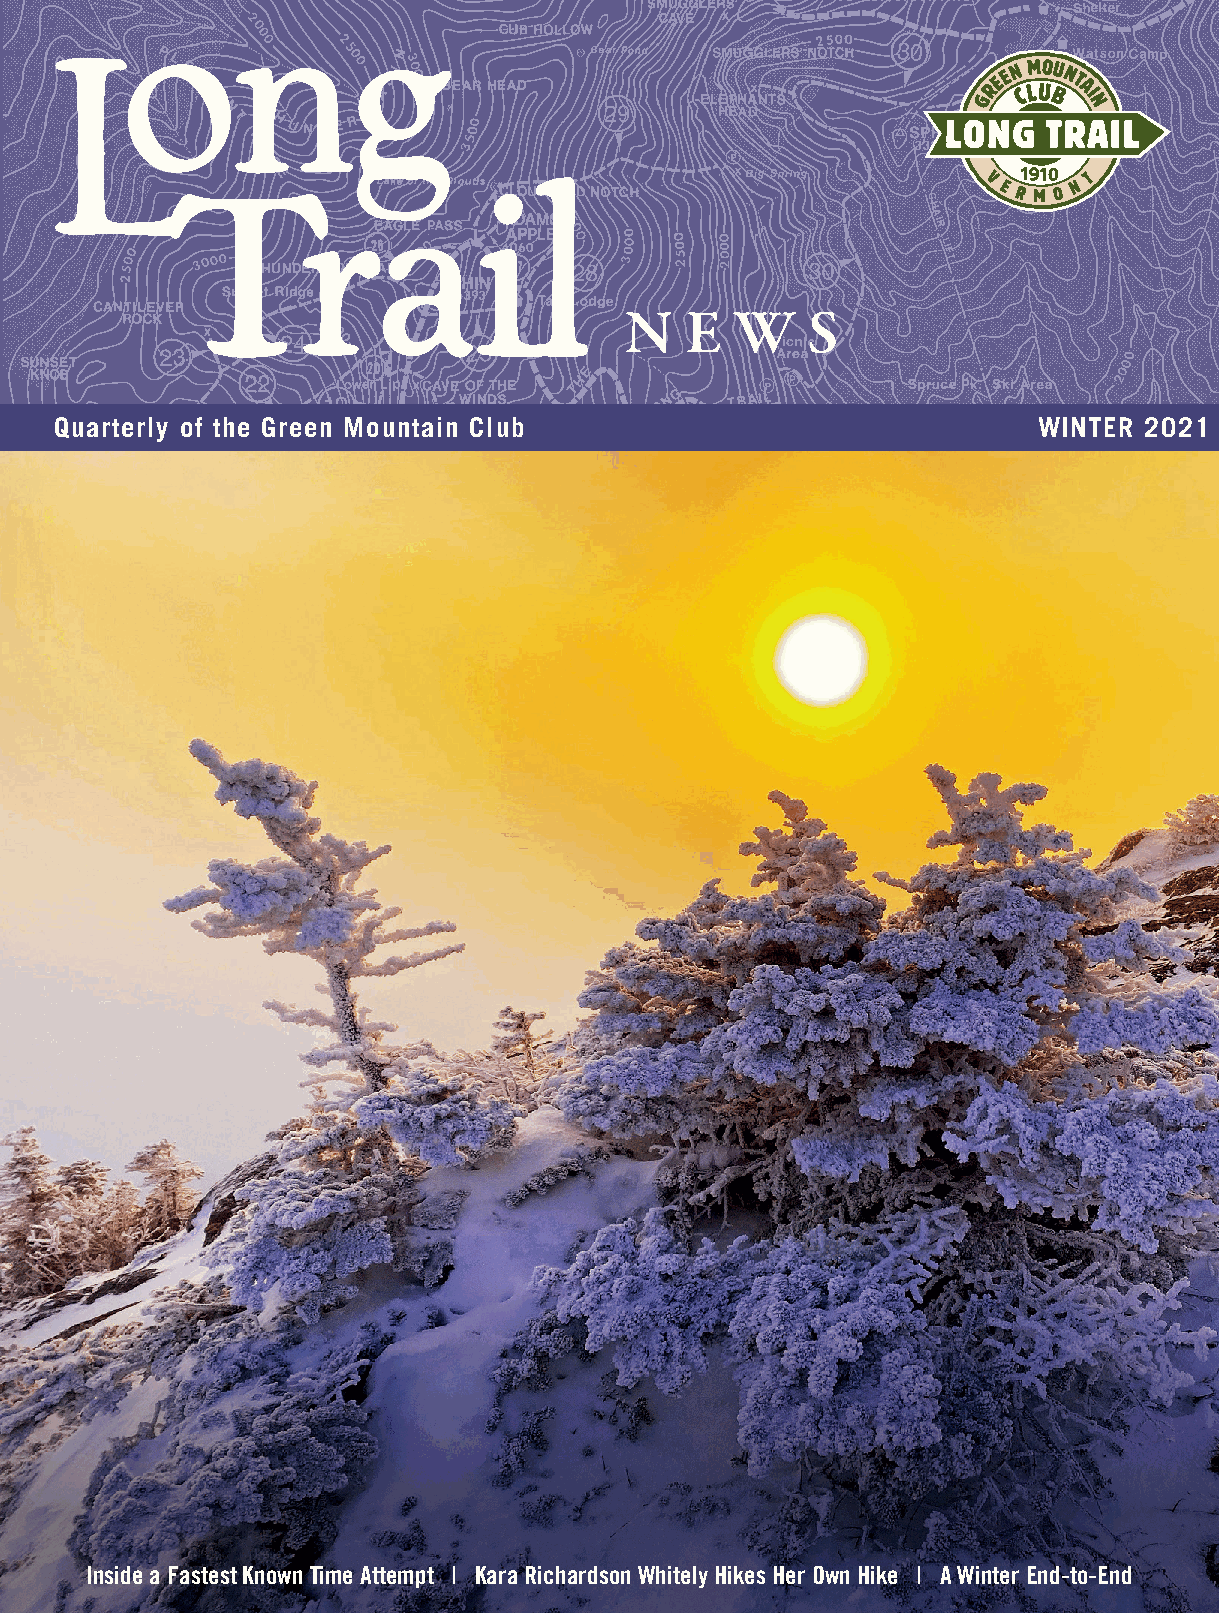
NN  EE  WW  SS
 Quarterly of the Green Mountain Club                             WINTER 2021
 Inside a Fastest Known Time Attempt | Kara Richardson Whitely Hikes Her Own Hike | A Winter End-to-End